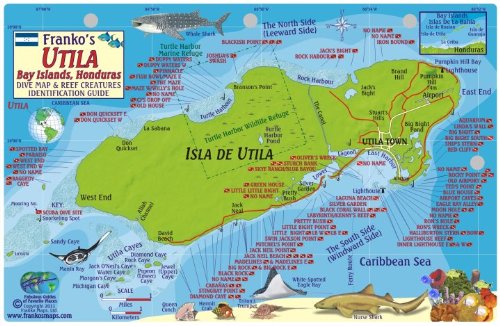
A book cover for Utila Honduras Dive Map & Reef Creatures Guide Franko Maps Laminated Fish Card; Franko Maps Ltd.; Travel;